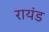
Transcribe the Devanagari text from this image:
रायंड